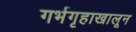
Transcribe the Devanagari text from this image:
गर्भगृहाखालून